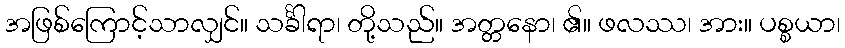
အဖြစ်ကြောင့်သာလျှင်။ သင်္ခါရာ၊ တို့သည်။ အတ္တနော၊ ၏။ ဖလဿ၊ အား။ ပစ္စယာ၊